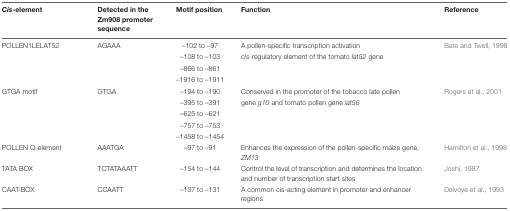
| Cis-element | Detected in the Zm908 promoter sequence | Motif position | Function | Reference |
 | --- | --- | --- | --- | --- |
 | POLLEN1LELAT52 | AGAAA | –102 to –97 | A pollen-specific transcription activation | Bate and Twell, 1998 |
 |  |  | –108 to –103 | cis-regulatory element of the tomato lat52 gene |  |
 |  |  | –866 to –861 |  |  |
 |  |  | –1916 to –1911 |  |  |
 | GTGA motif | GTGA | –194 to –190 | Conserved in the promoter of the tobacco late pollen | Rogers et al., 2001 |
 |  |  | –395 to –391 | gene g10 and tomato pollen gene lat56 |  |
 |  |  | –625 to –621 |  |  |
 |  |  | –757 to –753 |  |  |
 |  |  | –1458 to –1454 |  |  |
 | POLLEN Q-element | AAATGA | –97 to –91 | Enhances the expression of the pollen-specific maize gene, ZM13 | Hamilton et al., 1998 |
 | TATA BOX | TCTATAAATT | –154 to –144 | Control the level of transcription and determines the location and number of transcription start sites | Joshi, 1987 |
 | CAAT-BOX | CCAATT | –137 to –131 | A common cis-acting element in promoter and enhancer regions | Delvoye et al., 1993 |